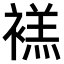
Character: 𫌉